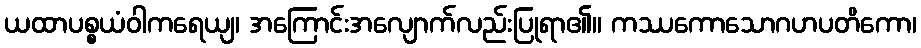
ယထာပစ္စယံဝါကရေယျ၊ အကြောင်းအလျောက်လည်းပြုရာ၏။ ကဿကောသောဂဟပတိကော၊